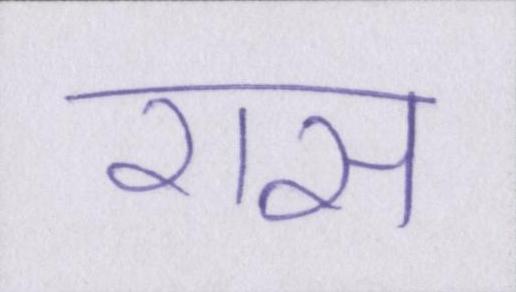
रास